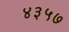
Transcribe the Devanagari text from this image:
४३५७